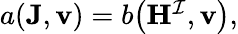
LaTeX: \begin{array}{r}{a(\mathbf{J},\mathbf{v})=b\big(\mathbf{H}^{\mathcal{I}},\mathbf{v}\big),}\end{array}